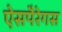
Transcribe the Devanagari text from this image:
ऐसपैरेगस